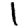
Digit: 1